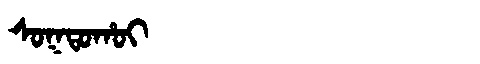
Manchu: ᠰᠣᡴᡨᠣᡥᠣᡳ
Romanization: SOKTOHOI